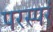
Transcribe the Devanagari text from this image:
परस्परं